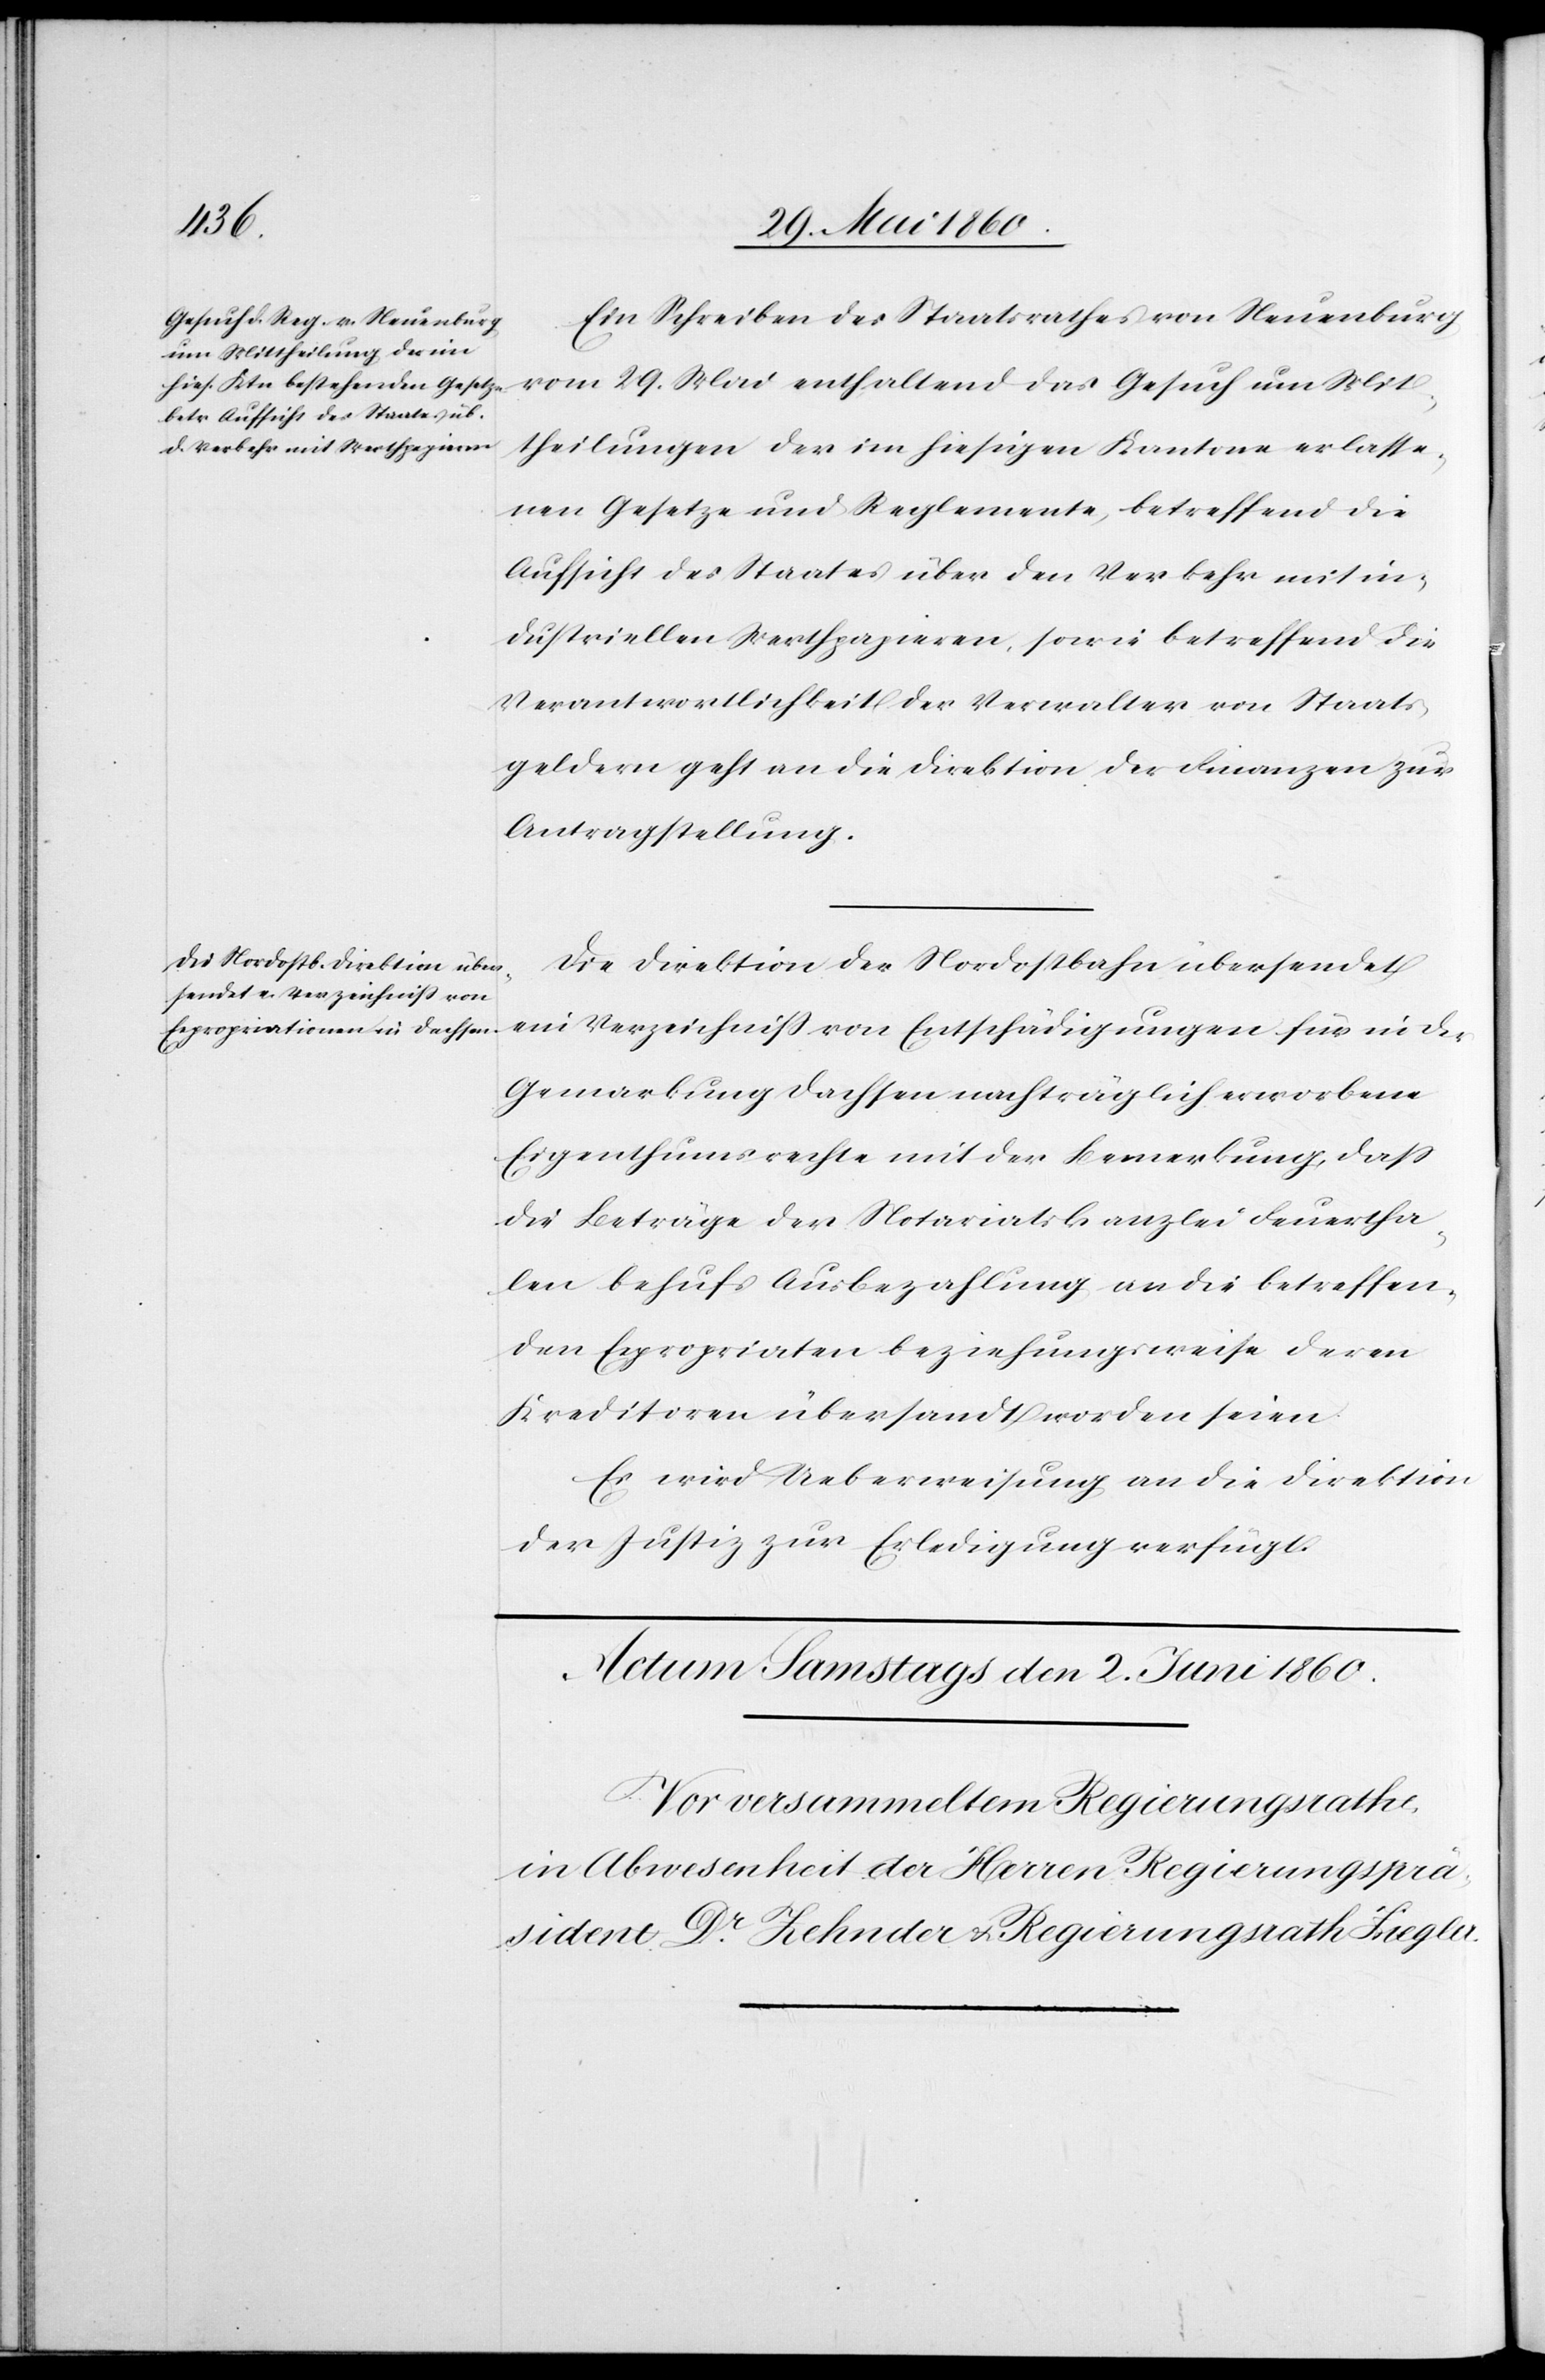
1. Juni 1860.]
Ein Schreiben des Staatsrathes von Neuenburg
vom 29. Mai enthaltend das Gesuch um Mit¬
theilungen der im hiesigen Kantone erlasse¬
nen Gesetze und Reglemente, betreffend die
Aufsicht des Staates über den Verkehr mit in¬
dustriellen Werthpapieren, sowie betreffend die
Verantwortlichkeit der Verwalter von Staats¬
geldern geht an die Direktion der Finanzen zur
Antragstellung.
Die Direktion der Nordostbahn übersendet
ein Verzeichniss von Entschädigungen für in der
Gemarkung Dachsen nachträglich erworbene
Eigenthumsrechte mit der Bemerkung, daß
die Beträge der Notariatskanzlei Feuertha¬
len behufs Ausbezahlung an die betreffen¬
den Expropriaten beziehungsweise deren
Kreditoren übersandt worden seien.
Es wird Ueberweisung an die Direktion
der Justiz zur Erledigung verfügt.